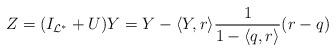
LaTeX: \begin{align*} Z= (I_{{\mathcal L}^*} + U)Y = Y - \langle Y, r \rangle\frac{1}{1-\langle q,r\rangle}( r - q )\end{align*}